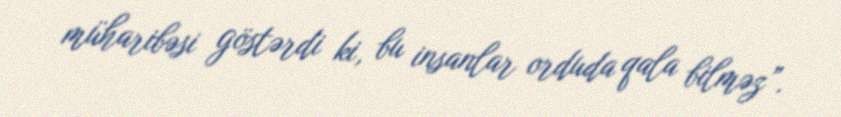
müharibəsi göstərdi ki, bu insanlar orduda qala bilməz”.